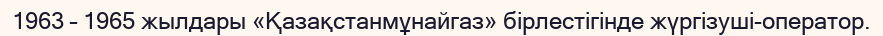
1963 – 1965 жылдары «Қазақстанмұнайгаз» бірлестігінде жүргізуші-оператор.